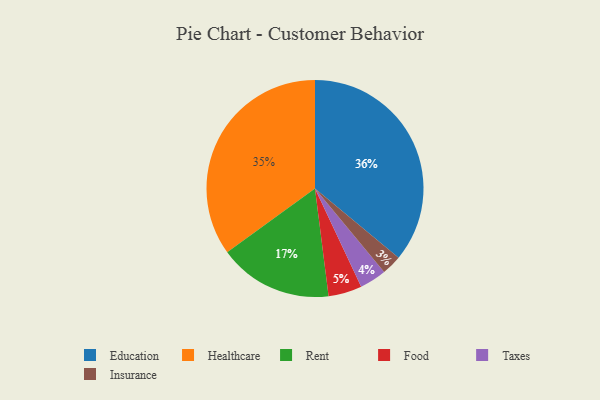
{"axis": {"x": "Category", "y": "Percentage"}, "legend": ["Education", "Food", "Healthcare", "Insurance", "Rent", "Taxes"], "data": [{"x": "Rent", "y": 17, "type": "Rent"}, {"x": "Food", "y": 5, "type": "Food"}, {"x": "Insurance", "y": 3, "type": "Insurance"}, {"x": "Education", "y": 36, "type": "Education"}, {"x": "Taxes", "y": 4, "type": "Taxes"}, {"x": "Healthcare", "y": 35, "type": "Healthcare"}]}